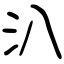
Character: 汃